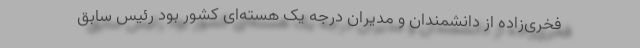
فخری‌زاده از دانشمندان و مدیران درجه یک هسته‌ای کشور بود رئیس سابق